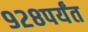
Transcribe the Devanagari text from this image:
९२८पर्यंत